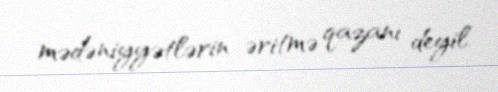
mədəniyyətlərin əritmə qazanı deyil.